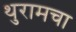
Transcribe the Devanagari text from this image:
थुरामचा